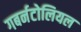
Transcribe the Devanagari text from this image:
गबर्नटोलियल